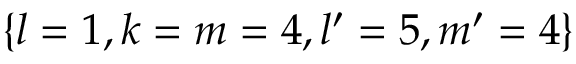
\left\{ l = 1 , k = m = 4 , l ^ { \prime } = 5 , m ^ { \prime } = 4 \right\}